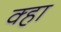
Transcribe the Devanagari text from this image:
क्हा